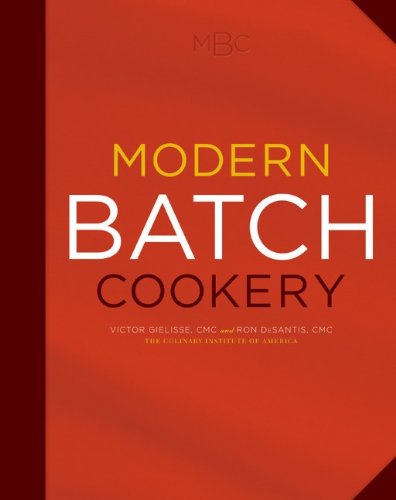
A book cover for Modern Batch Cookery; The Culinary Institute of America (CIA); Cookbooks, Food & Wine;